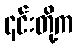
၎င်းတို့က